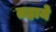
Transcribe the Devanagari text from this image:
तहाये